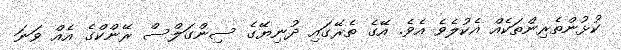
ކުޅުންތެރިންތަކެއް އެކުލެވެ އެވެ. އޭގެ ތެރޭގައި ދުނިޔޭގެ ސިންގަލްސް ރޭންކްގެ އެއް ވަނަ